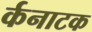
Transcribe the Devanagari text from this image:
र्कनाटक